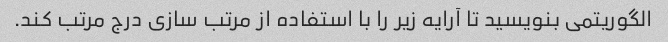
الگوریتمی بنویسید تا آرایه زیر را با استفاده از مرتب سازی درج مرتب کند.